Senior Leaving Certificate Examination (including Day School Certificate (Higher) General paper), 1946
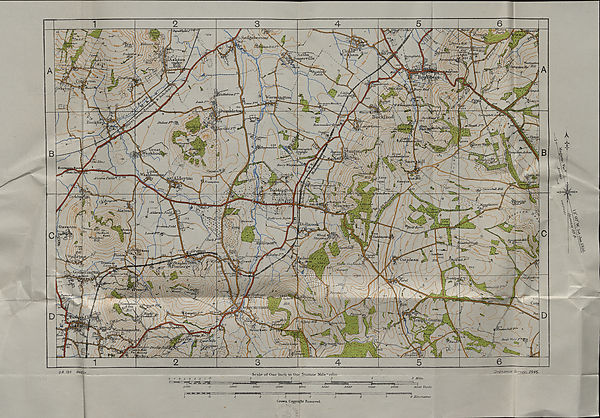
IPaJTorT
irrots)
•' . ilhrzeJ/dl Ml
' jlJj ( f Jvttlep&fiyWfficuntbufiy
A-Ston”^.
lomerville.
) SSpriiujfitldj\
^ Z-
pverbi
ift^nor §o!
rttons
*OOy?5f
ybbournk*
V.I048
PiMiwn
uJchantpCon
.m^hb,
o’jTmuXuj
> I'ramp ton
WijEexktjLi
. -<r •’kb o <• >«£ 943
a-Mi? #
-Alston^
■ Didbrook Fields
Wood, i
Stajzwa)
f§&iT
Crane •+T9
Midi
"haut
Upper Coscainhr^
..Ci^wnpcH' '
. '
Falter
jiui
Swell Wold F^ffilist
r-\_ ^; T 7
Ordnance Survey, 1946.
D.R. 126 I846jc,
IOOP
9000 Yards
2000
IOOO
SOOO
6000
aooo
8 Kilometres